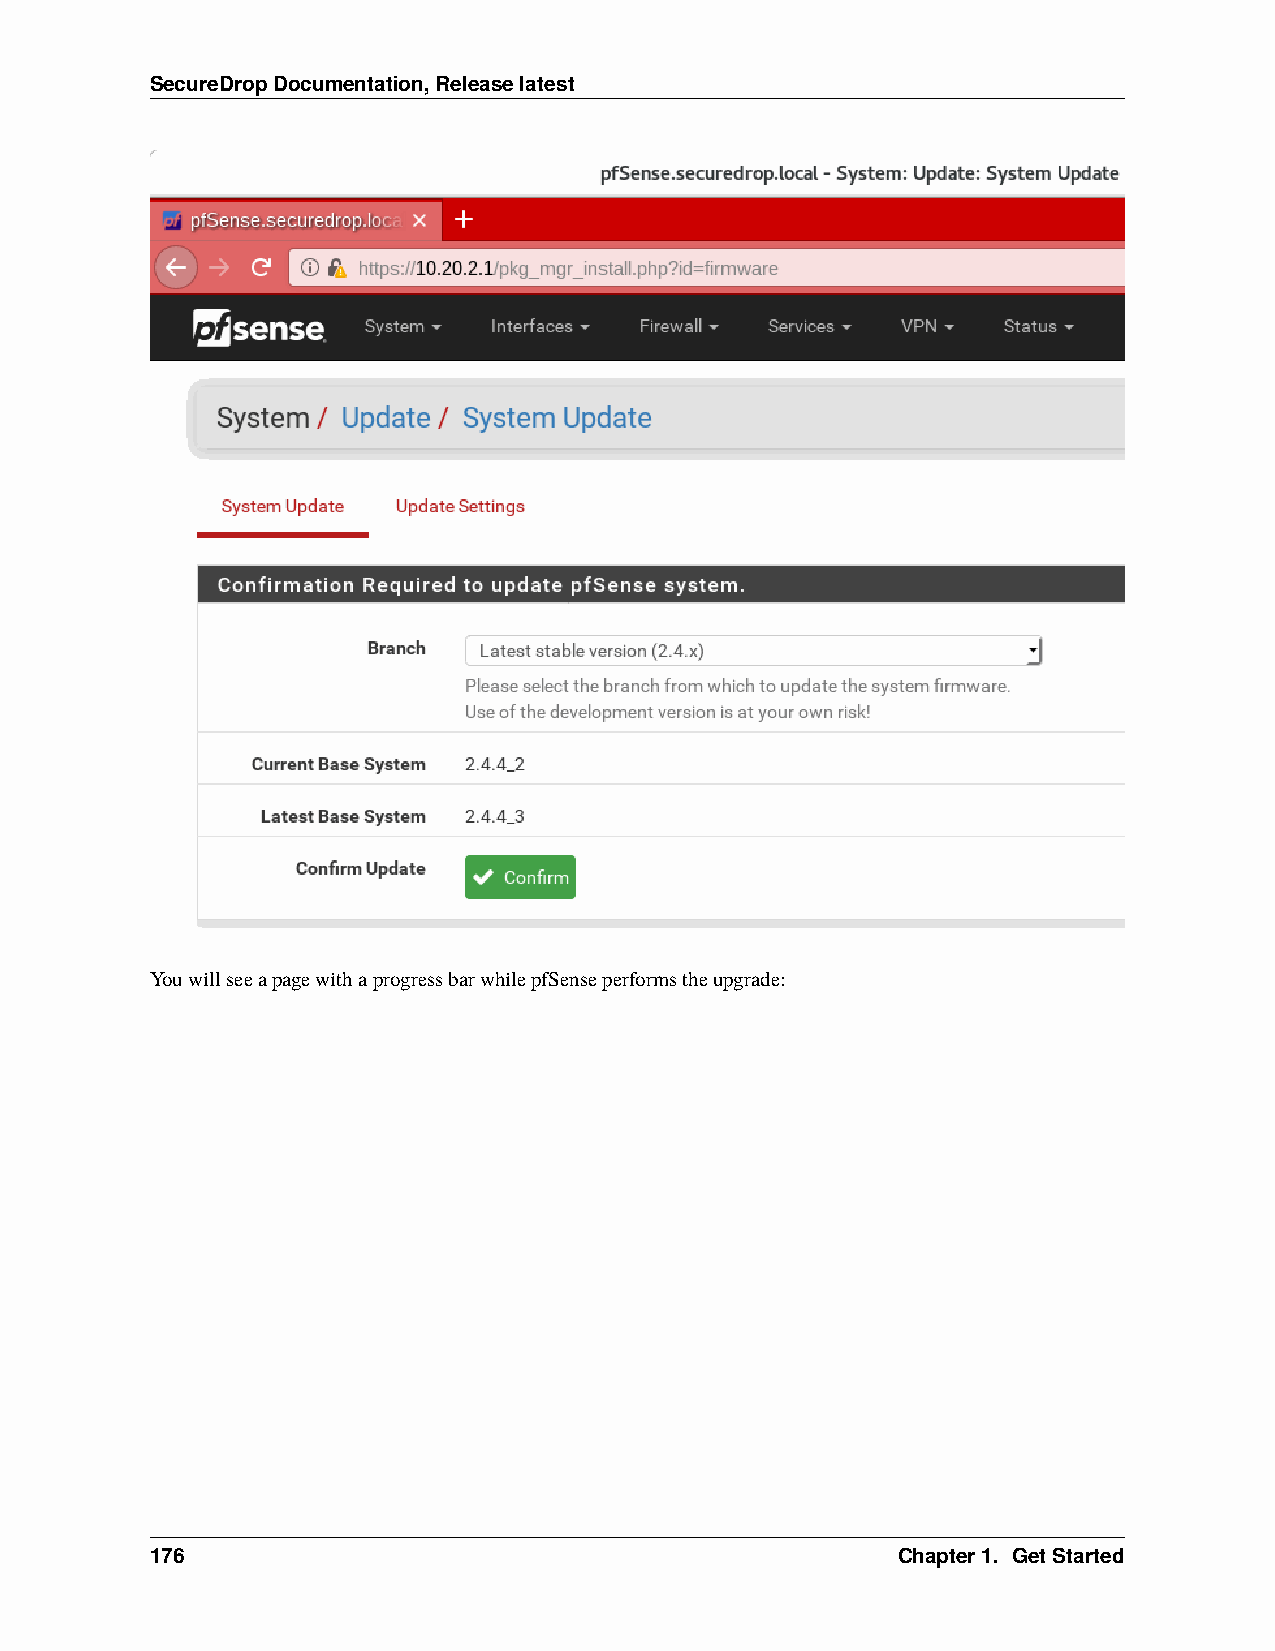
SecureDropDocumentation,Releaselatest
 YouwillseeapagewithaprogressbarwhilepfSenseperformstheupgrade:
 176                                              Chapter1. GetStarted